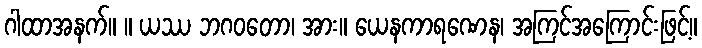
ဂါထာအနက်။ ။ ယဿ ဘဂဝတော၊ အား။ ယေနကာရဏေန၊ အကြင်အကြောင်းဖြင့်။